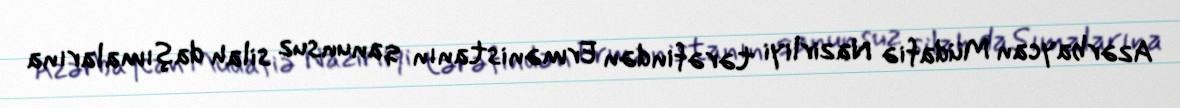
Azərbaycan Müdafiə Nazirliyi tərəfindən Ermənistanın qanunsuz silah daşımalarına